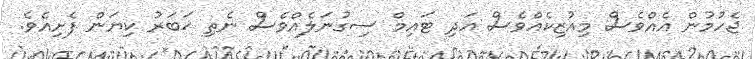
ޖެހުމުން އެއްވެސް މިއުޒިކެއްވެސް އަދި ޓައިމް ސިގުނަލެއްވެސް ނެތި ޚަބަރު ކިޔަން ފެށިއެވެ.